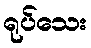
ရုပ်သေး